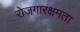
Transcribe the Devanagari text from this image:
रोजगारक्षमता